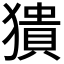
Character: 𤡱